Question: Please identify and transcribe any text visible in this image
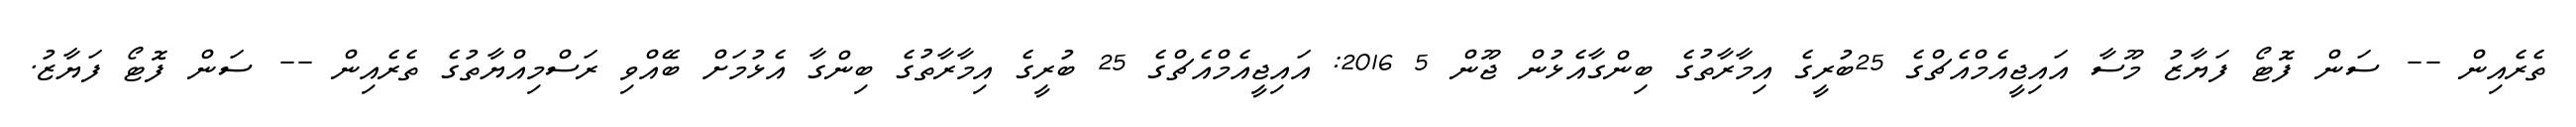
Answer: ތެރެއިން -- ސަން ފޮޓޯ ފަޔާޒު މޫސާ އައިޖީއެމްއެޗްގެ 25ބުރީގެ އިމާރާތުގެ ބިންގާއެޅުން ޖޫން 5 2016: އައިޖީއެމްއެޗްގެ 25 ބުރީގެ އިމާރާތުގެ ބިންގާ އެޅުމަށް ބޭއްވި ރަސްމިއްޔާތުގެ ތެރެއިން -- ސަން ފޮޓޯ ފަޔާޒު.